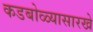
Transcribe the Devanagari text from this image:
कडबोळ्यासारखे